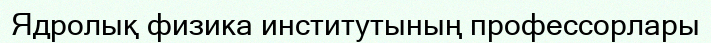
Ядролық физика институтының профессорлары